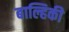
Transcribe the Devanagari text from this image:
बाल्हिकी